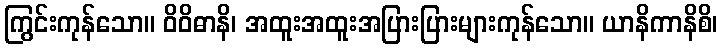
ကြွင်းကုန်သော။ ဝိဝိဓာနိ၊ အထူးအထူးအပြားပြားများကုန်သော။ ယာနိကာနိစိ၊